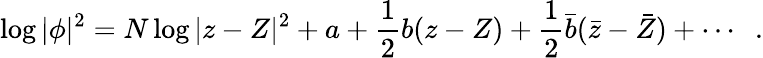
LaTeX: \log|\phi|^{2}=N\log|z-Z|^{2}+a+\frac{1}{2}b(z-Z)+\frac{1}{2}{\bar{b}}({\bar{z}}-{\bar{Z}})+\cdots\; \; .